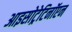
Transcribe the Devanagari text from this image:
आइसोट्रेटिनॉएन